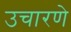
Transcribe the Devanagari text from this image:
उचारणे